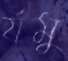
র‍্যমু